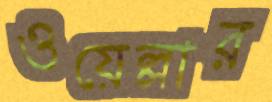
ওয়েল্লার